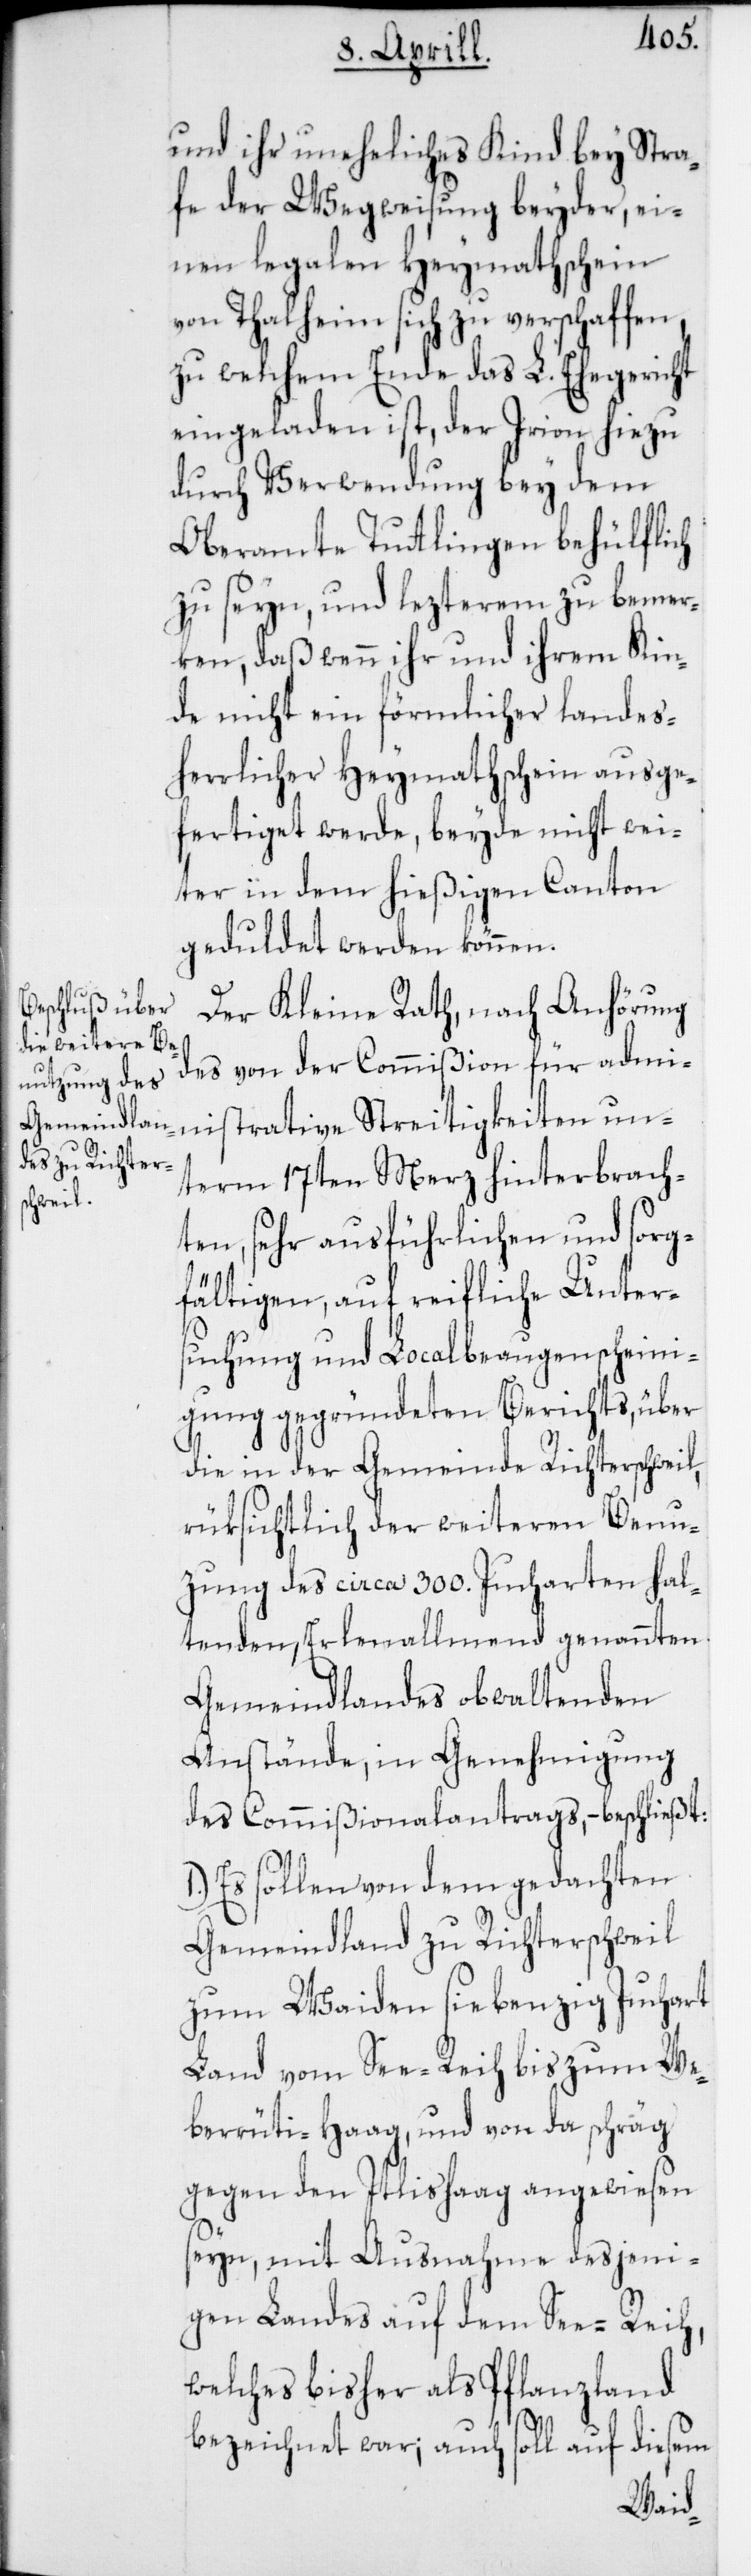
und ihr uneheliches Kind bey Stra¬
fe der Wegweisung beyder, ei¬
nen legalen Heymathschein
von Thalheim sich zu verschaffen
zu welchem Ende das L. Ehegericht
eingeladen ist, der Irion hiezu
durch Verwendung bey dem
Oberamte Tut[t]lingen behülflich
zu seyn, und lezterem zu bemer¬
ken, daß wenn ihr und ihrem Kin¬
de nicht ein förmlicher landes¬
herrlicher Heymathschein ausge¬
fertiget werde, beyde nicht wei¬
ter in dem hießigen Canton
geduldet werden können.
Der Kleine Rath, nach Anhörung
des von der Commißion für admi¬
nistrative Streitigkeiten un¬
term 17ten Merz hinterbrach¬
ten, sehr ausführlichen und sorg¬
fältigen, auf reifliche Unter¬
suchung und Localbeaugenscheini¬
gung gegründeten Berichts, über
die in der Gemeinde Richtersweil
rüksichtlich der weiteren Benu¬
tzung des circa 300. Jucharten hal¬
tenden, Erlenallmend genannten
Gemeindlandes obwaltenden
Anstände, in Genehmigung
des Commißionalantrags, – beschließt:
1.) Es sollen von dem gedachten
Gemeindland zu Richterschweil
zum Waiden siebenzig Juchart
Land vom See-Reih bis zum We¬
berrüti-Haag, und von da schräg
gegen den Itlishaag angewiesen
seyn, mit Ausnahme desjeni¬
gen Landes auf dem See-Reih,
welches bisher als Pflanzland
bezeichnet war; auch soll auf diesem